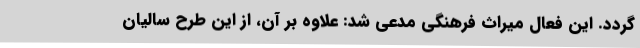
گردد. این فعال میراث فرهنگی مدعی شد: علاوه بر آن، از این طرح سالیان